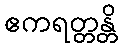
ဧကရတ္တန္တိ